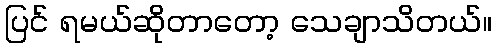
ပြင် ရမယ်ဆိုတာတော့ သေချာသိတယ်။